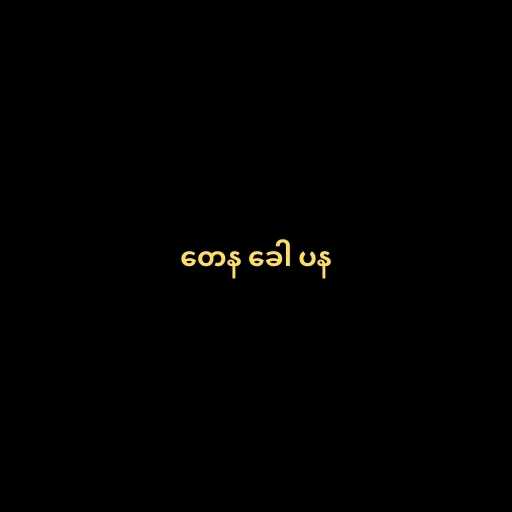
တေန ခေါ ပန